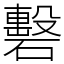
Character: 礊